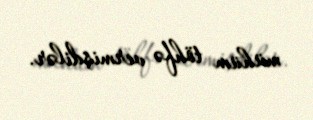
mühüm töhfə vermişdilər.